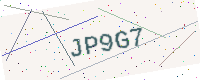
Text: JP9G7